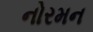
નોરમન